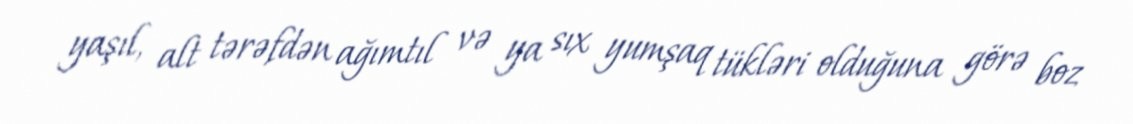
yaşıl, alt tərəfdən ağımtıl və ya sıx yumşaq tükləri olduğuna görə boz